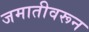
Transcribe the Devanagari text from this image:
जमातीवरून